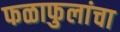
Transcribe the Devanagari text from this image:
फळाफुलांचा